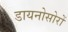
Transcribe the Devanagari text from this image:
डायनोसोरों